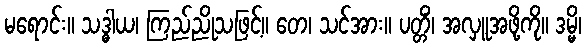
မရောင်း။ သဒ္ဓါယ၊ ကြည်ညိုသဖြင့်။ တေ၊ သင်အား။ ပတ္တိံ၊ အလှူအဖို့ကို။ ဒမ္မိ၊